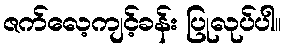
ဇက်လေ့ကျင့်ခန်း ပြုလုပ်ပါ။